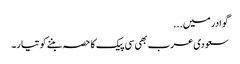
گوادر میں...
سعودی عرب بھی سی پیک کا حصہ بننے کو تیار۔